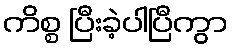
ကိစ္စ ပြီးခဲ့ပါပြီကွာ